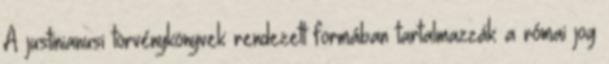
A justinianusi törvénykönyvek rendezett formában tartalmazzák a római jog